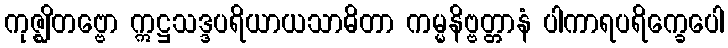
ကုဇ္ဈိတဗ္ဗော ဣဋ္ဌသဒ္ဒပရိယာယသာဓိတာ ကမ္မနိဗ္ဗတ္တာနံ ပါကာရပရိက္ခေပေါ